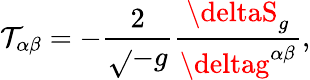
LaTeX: \mathcal{T}_{\alpha\beta}=-{\frac{{2}}{{\sqrt{}{{-g}}}}}{\frac{{\deltaS_{g}}}{{\deltag^{\alpha\beta}}}},